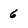
Character: 6